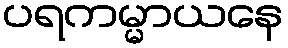
ပရကမ္မာယနေ